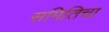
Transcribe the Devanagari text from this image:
समितिचा